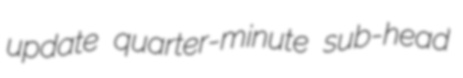
update quarter-minute sub-head